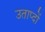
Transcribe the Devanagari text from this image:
उताप्दों